Leaving Certificate Examination (including Day School Certificate (Higher) General paper), 1937
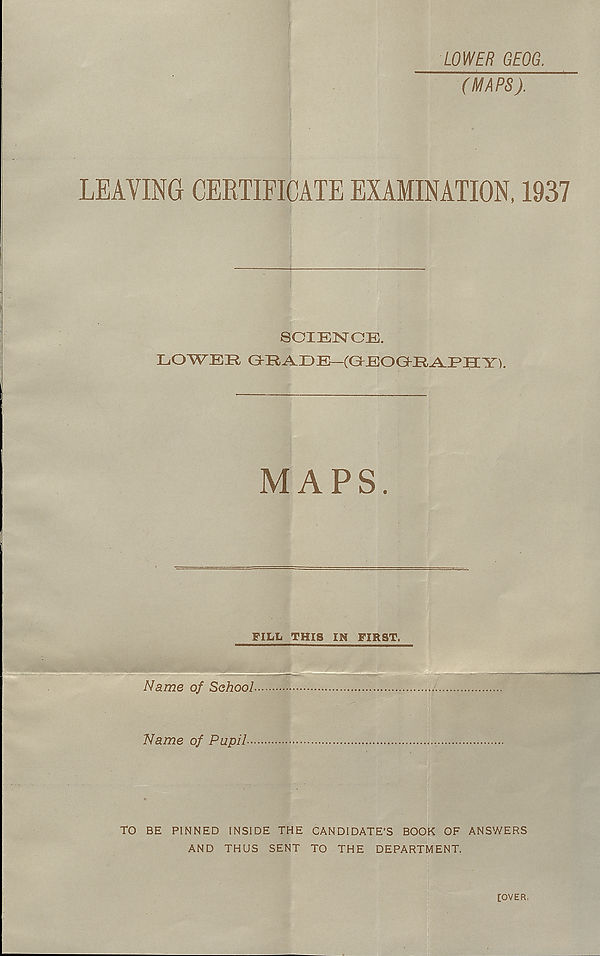
LOWER GEOG.
(MAPS).
LEAVING CERTIFICATE EXAMINATION, 1937
SCIENCE.
LOWEII GrRAIJ E ~(CEOIt Y).
MAPS.
FILL THIS IN FIRST.
Name of School
Name of Pupil-
TO BE PINNED INSIDE THE CANDIDATE’S BOOK OF ANSWERS
AND THUS SENT TO THE DEPARTMENT.
[OVER,